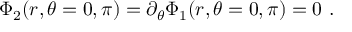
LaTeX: \Phi _ { 2 } ( r , \theta = 0 , \pi ) = \partial _ { \theta } \Phi _ { 1 } ( r , \theta = 0 , \pi ) = 0 \ .